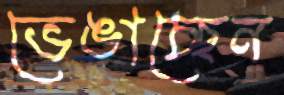
ভেঙাচ্ছেন